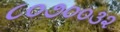
૮૦૭૦૦૩૨